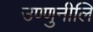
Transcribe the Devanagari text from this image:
उण्णुनीलि